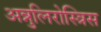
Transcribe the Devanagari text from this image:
अन्नुलिरोस्त्रिस